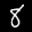
Digit: 8